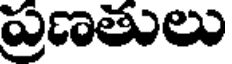
ప్రణతులు